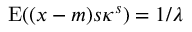
\operatorname { E } ( ( x - m ) s \kappa ^ { s } ) = 1 / \lambda